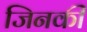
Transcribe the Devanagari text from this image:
जिनकीं